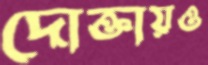
দোক্তায়ও